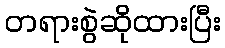
တရားစွဲဆိုထားပြီး